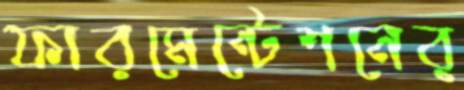
ফারমেন্টেশনের